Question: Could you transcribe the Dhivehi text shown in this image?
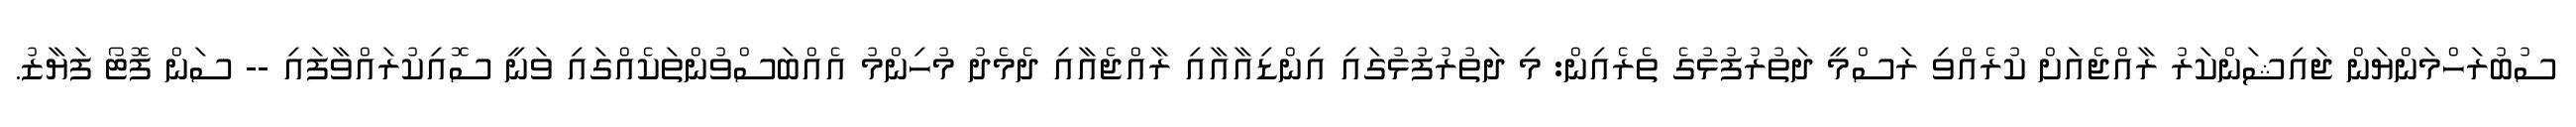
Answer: ސުބުރަހްމަންޔަން ޖައިޝަންކަރު ރާއްޖެއަށް ކުރެއްވި ރަސްމީ ދަތުރުފުޅުގެ ތެރެއިން: މި ދަތުރުފުޅުގައި އިންޑިއާއާއި ރާއްޖެއާއި ދެމެދު މުހިންމު އެއްބަސްވުންތަކެއްގައި ވަނީ ސޮއިކުރައްވާފައި -- ސަން ފޮޓޯ ފަޔާޒު.